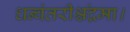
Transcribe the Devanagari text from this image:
धन्वंतरीश्चंद्रमा।